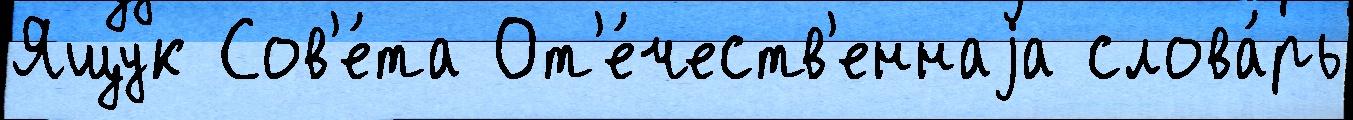
Ящук Сов'е́та От'е́честв'еннаjа слова́рь